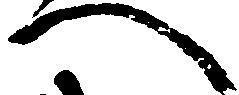
へ